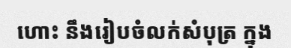
ហោះ នឹងរៀបចំលក់សំបុត្រ ក្នុង